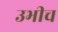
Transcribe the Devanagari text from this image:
उभीच